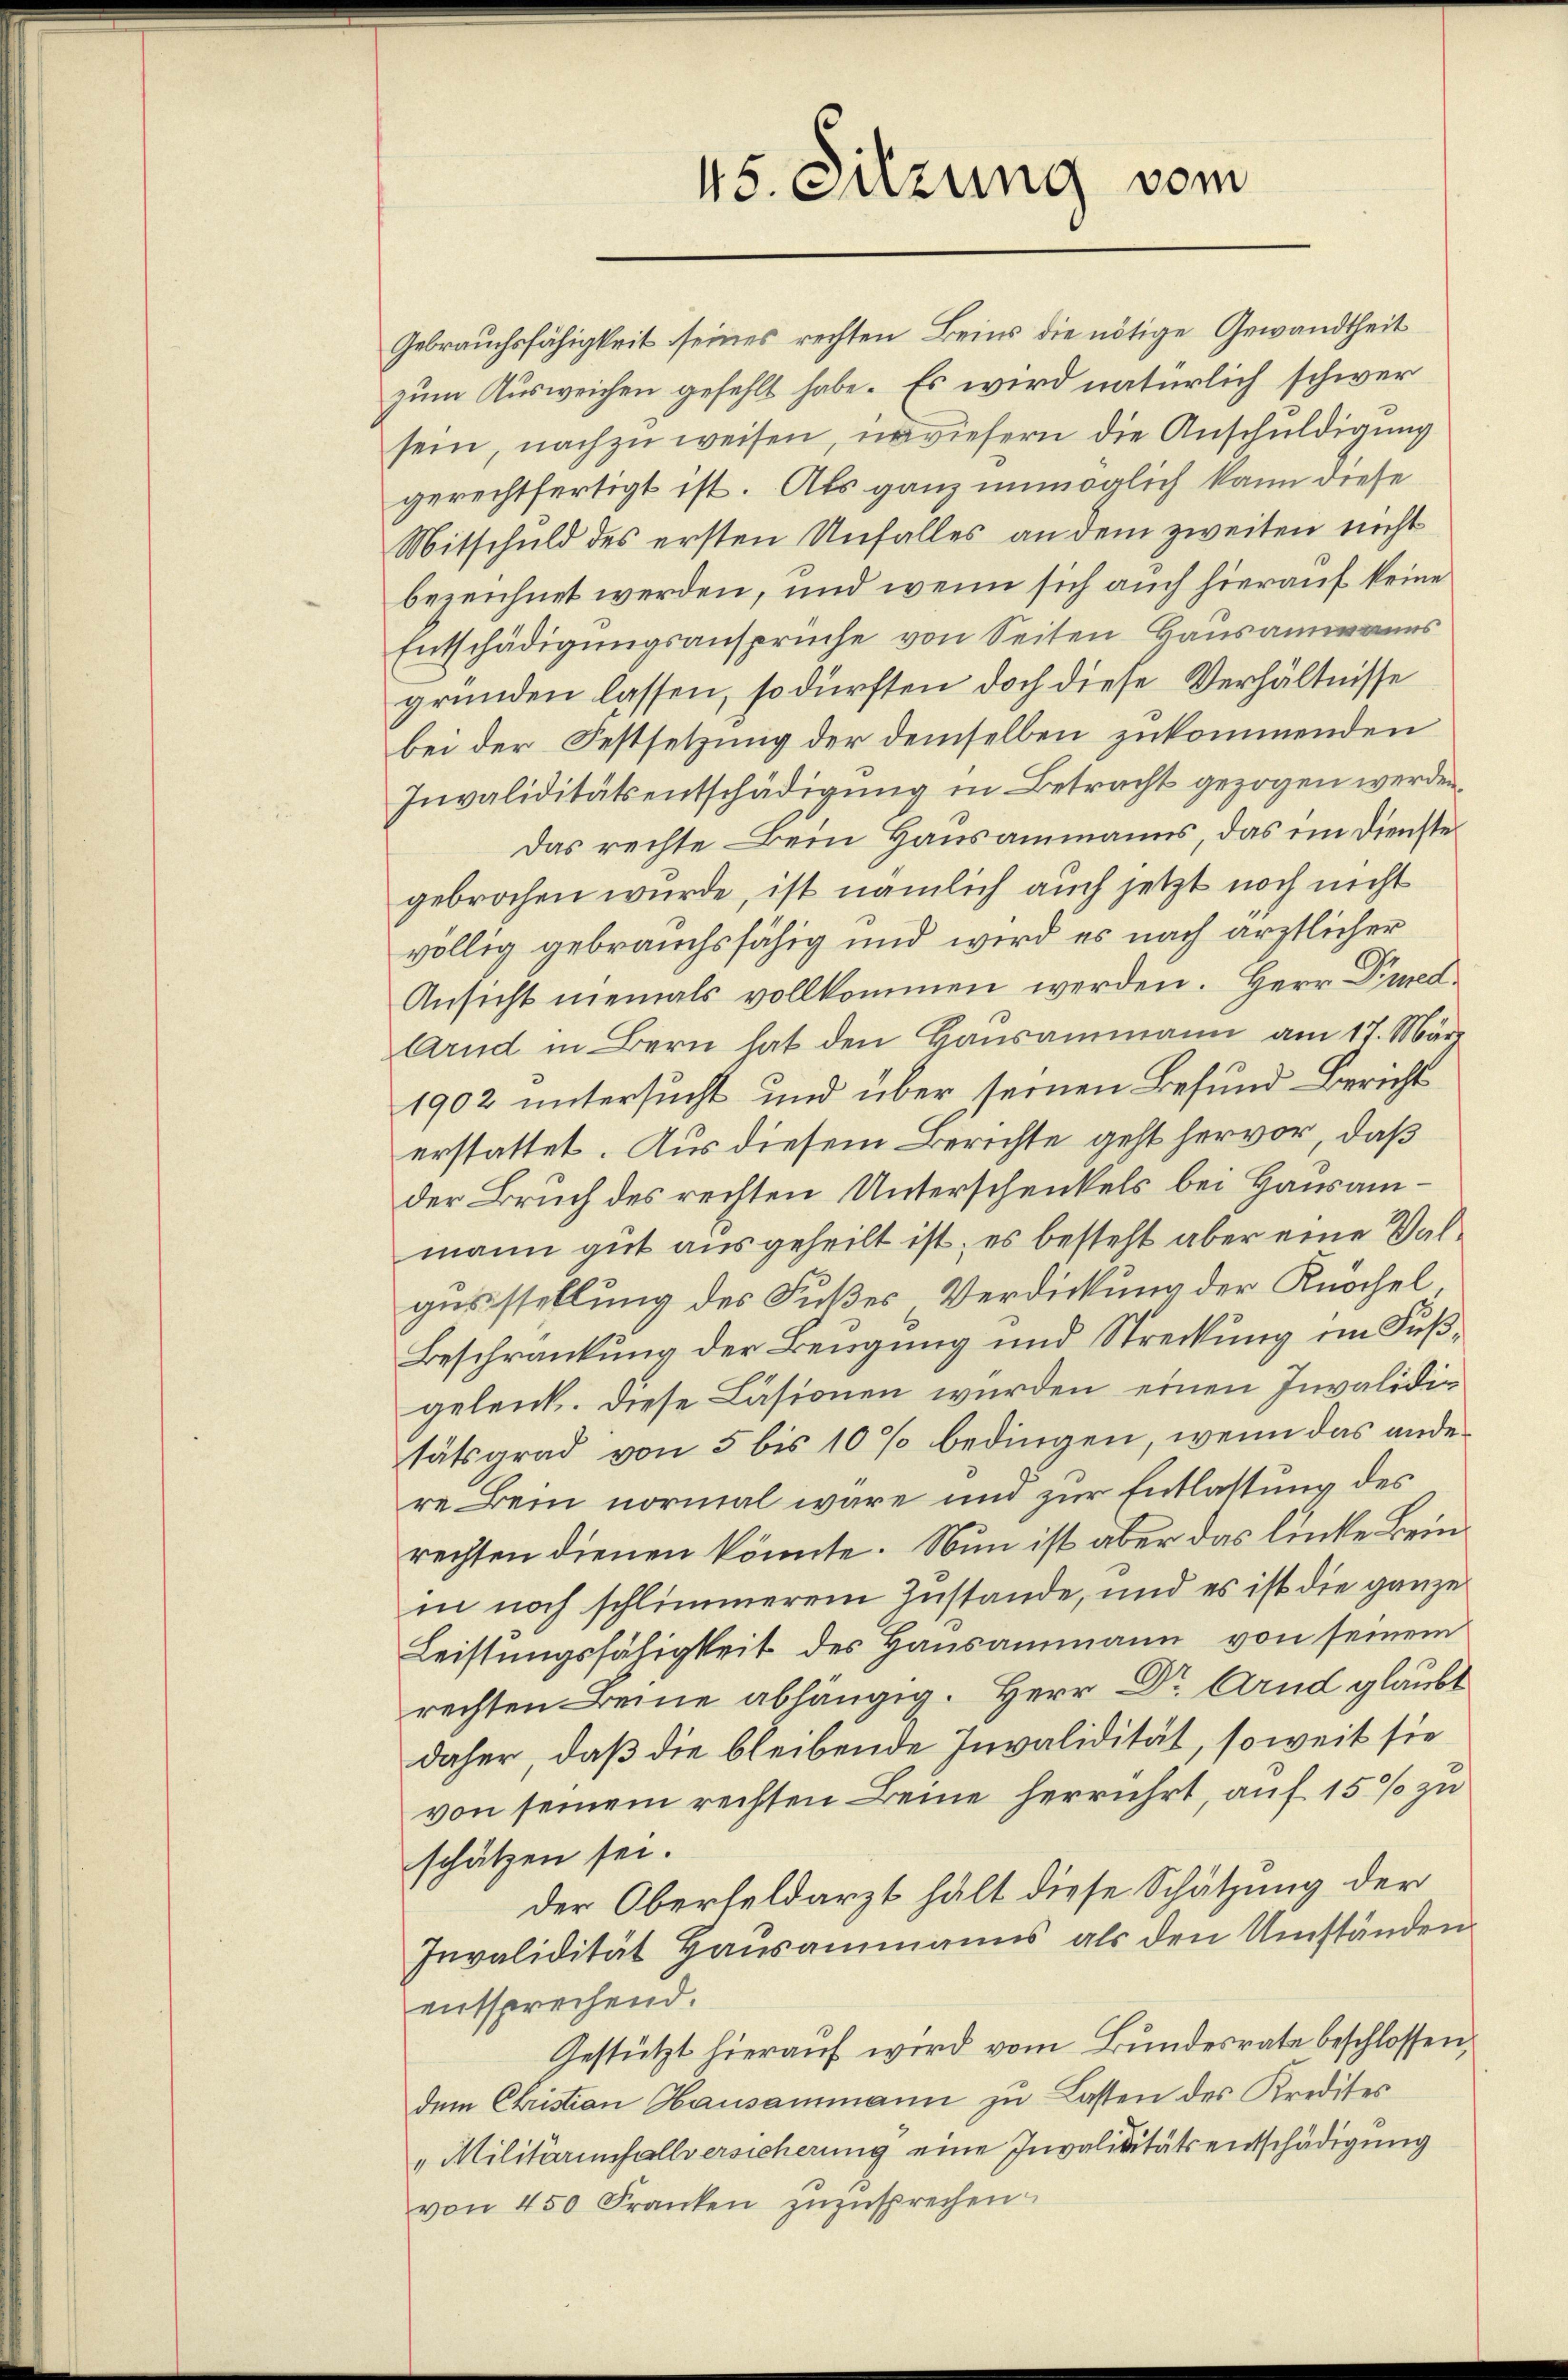
Gebrauchsfähigkeit seines rechten Bein die nötige Gewandtheit
zum Ausweichen gefehlt habe. Es wird natürlich schwer
sein, nachzuweisen, unwiefern die Anschuldigung
gerechtfertigt ist. Als ganz unmöglich kann diese
Mitschuld des ersten Unfalles an dem zweiten nicht
bezeichnet werden, und wenn sich auch hierauf keine
Entschädigungsansprüche von Seiten Hausammanns
gründen lassen, so dürften doch diese Verhältnisse
bei der Festsetzung der demselben zukommenden
Invaliditätsentschädigung in Betracht gezogen werden,
Das rechte ein Hausammanns, das im Dienste
gebrochen wurde, ist nämlich auch jetzt noch nicht
völlig gebrauchsfähig und wird es nach ärztlicher
Ansicht niemals vollkommen werden. Herr Pued¬
Arnd in Bern hat den Bausammann am 17. März
1902 untersucht und über seinen Befund Bericht
erstattet. Aus diesem Berichte geht hervor, daß
der Bruch des rechten Unterschenkels bei Hausammann gut ausgeheilt ist; es besteht aber eine Walgusstellung des Fußes Verdickung der Knöchel
Beschränkung der Beugung und Streckung im Fußgeleick. Diese Läsionen wurden einen Invalidig
tätsgrad von 5 bis 10 % bedingen, wenn das ander
re Bein normal wäre und zur Entlastung des
rechten dienen könnte. Nun ist aber das linke Beinin noch schlimmerem Zustande, und es ist die ganze
Leistungsfähigkeit des Hausammann von seinem
rechten Beine abhängig. Herr Dr. Arnd glaubt
daher, daß die bleibende Invalidität, soweit sie
von seinem rechten Beine herrührt, auf 15% zu
schätzen sei.
der Oberfeldarzt hält diese Schätzung der
Invalidität Haŭsammanns als den Umständen
entsprechend.
Gestützt hierauf wird vom Bundesrate beschlossen,
dem Christian Hausammann zu Lasten des Kredites
"Militärinfallversicherung eine Invaliditätsentschädigung
von 450 Franken zuzusprechen.

45. Sitzung vom